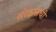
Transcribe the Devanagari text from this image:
संरक्षनाची